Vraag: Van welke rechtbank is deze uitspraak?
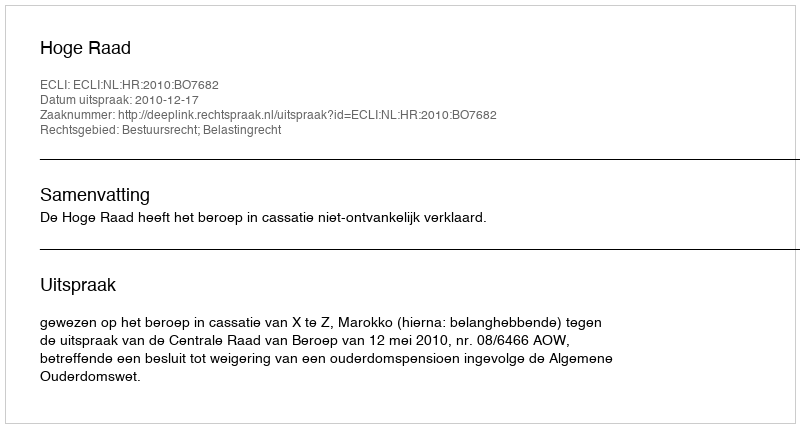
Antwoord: Hoge Raad